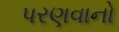
પરણવાનો